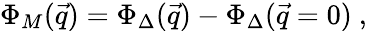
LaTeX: \Phi_{M}(\vec{q})=\Phi_{\Delta}(\vec{q})-\Phi_{\Delta}(\vec{q}=0)~,